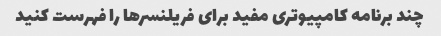
چند برنامه کامپیوتری مفید برای فریلنسرها را فهرست کنید